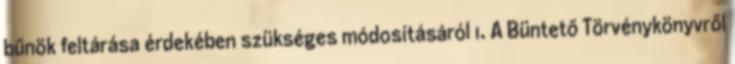
bűnök feltárása érdekében szükséges módosításáról 1. A Büntető Törvénykönyvről